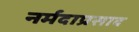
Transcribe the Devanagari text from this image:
नर्मदाप्रसाद